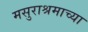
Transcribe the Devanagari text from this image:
मसुराश्रमाच्या